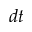
d t